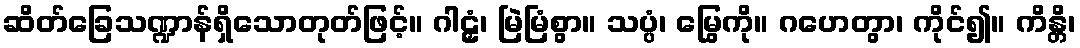
ဆိတ်ခြေသဏ္ဍာန်ရှိသောတုတ်ဖြင့်။ ဂါဠှံ၊ မြဲမြံစွာ။ သပ္ပံ၊ မြွေကို။ ဂဟေတွာ၊ ကိုင်၍။ ကိန္တိ၊